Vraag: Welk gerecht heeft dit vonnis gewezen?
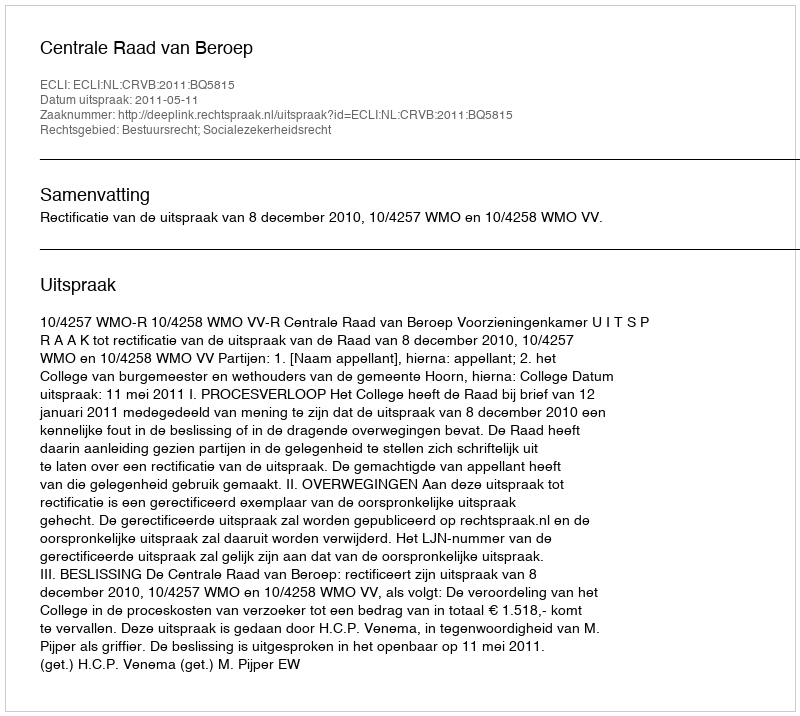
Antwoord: Centrale Raad van Beroep